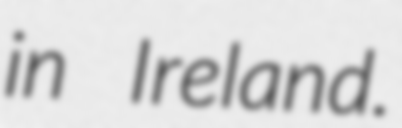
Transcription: in Ireland.